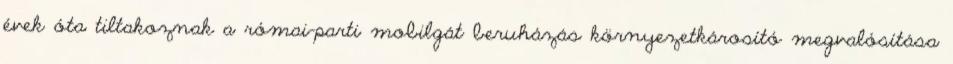
évek óta tiltakoznak a római-parti mobilgát beruházás környezetkárosító megvalósítása